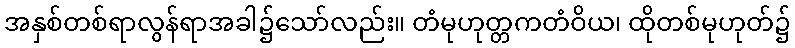
အနှစ်တစ်ရာလွန်ရာအခါ၌သော်လည်း။ တံမုဟုတ္တကတံဝိယ၊ ထိုတစ်မုဟုတ်၌